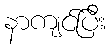
နာကျင်ပြီး